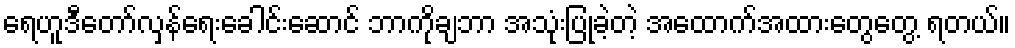
ရေဟူဒီတော်လှန်ရေးခေါင်းဆောင် ဘာကိုချဘာ အသုံးပြုခဲ့တဲ့ အထောက်အထားတွေတွေ့ ရတယ်။